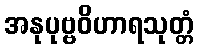
အနုပုဗ္ဗဝိဟာရသုတ္တံ